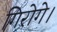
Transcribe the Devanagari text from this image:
गिरोगे।